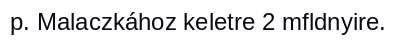
p. Malaczkához keletre 2 mfldnyire.